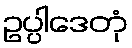
ဥပ္ပါဒေတုံ